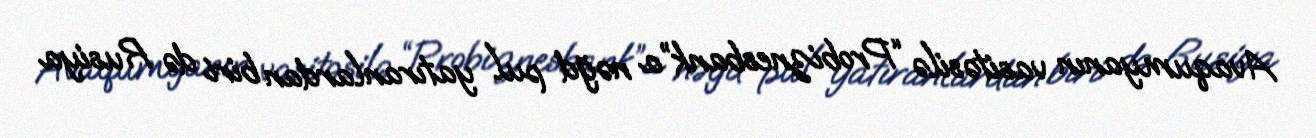
Avaqumyanın vasitəsilə “Probiznesbank”a nəğd pul yatıranlardan biri də Rusiya